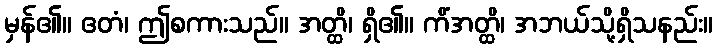
မှန်၏။ ဧတံ၊ ဤစကားသည်။ အတ္ထိ၊ ရှိ၏။ ကိံအတ္ထိ၊ အဘယ်သို့ရှိသနည်း။